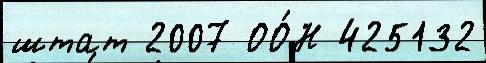
штат 2007 ОО́Н 425132